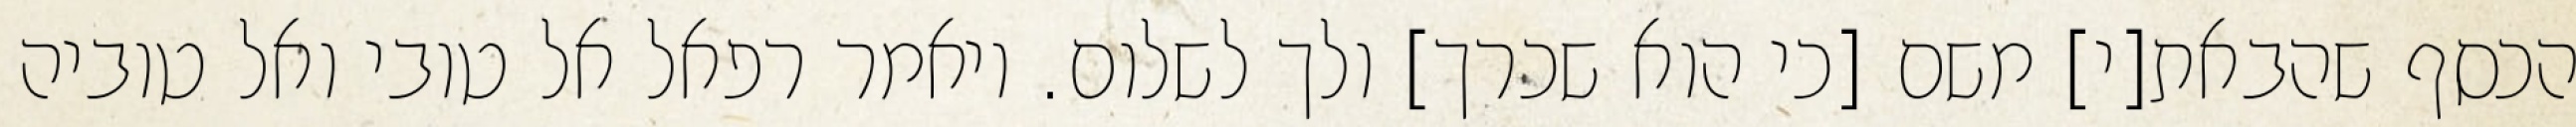
הכסף שהבאת[י] משם [כי הוא שכרך] ולך לשלום. ויאמר רפאל אל טובי ואל טוביה